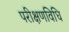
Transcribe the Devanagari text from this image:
परीक्षणविधि